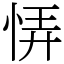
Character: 𢙱